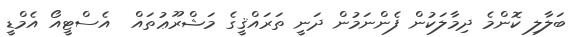
ބަލާލި ކޮންމެ ދިމާލަކުން ފެންނަމުން ދަނީ ތަރައްޤީގެ މަޝްރޫޢުތައް  އެސްޓީއޯ އެމްޑީ